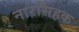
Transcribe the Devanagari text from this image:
नारसिंहक